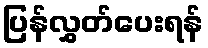
ပြန်လွှတ်ပေးရန်